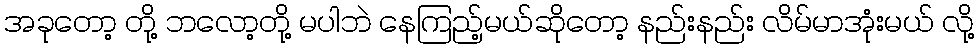
အခုတော့ တို့ ဘလော့တို့ မပါဘဲ နေကြည့်မယ်ဆိုတော့ နည်းနည်း လိမ်မာအုံးမယ် လို့